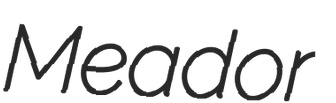
Meador